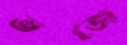
ভজে